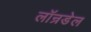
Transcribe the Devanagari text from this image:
लॉन्रडेल